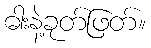
ဓါးနဲ့ခုတ်ဖြတ်။